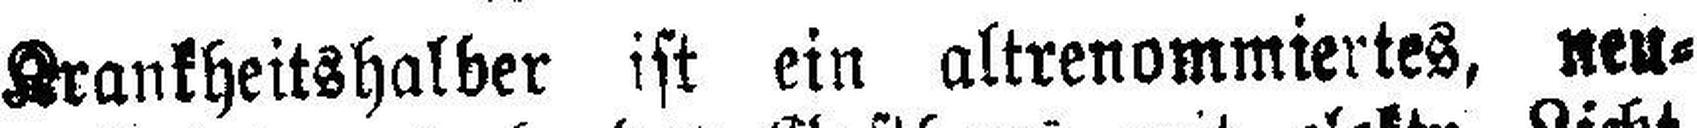
Krankheitshalber ist ein altrenommiertes, neu¬